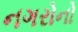
નગરોનો